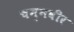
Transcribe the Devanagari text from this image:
चन्नवीर